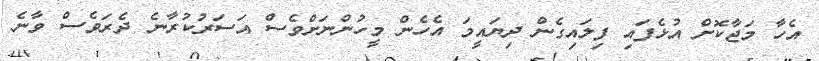
އެހާ މަޖާކޮށް އުޅެފައި ފިލައިގެން ދިޔައީމަ އެހެން މީހުންނަށްވެސް އަސަރުކުރާނެ ދެރަވެސް ވާނެ